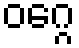
ဝဂ္ဂေ